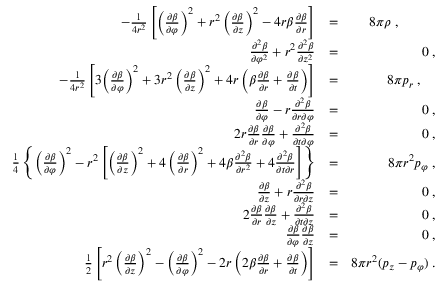
\begin{array} { r l r } { - \frac { 1 } { 4 r ^ { 2 } } \left[ \left( \frac { \partial \beta } { \partial \varphi } \right) ^ { 2 } + r ^ { 2 } \left( \frac { \partial \beta } { \partial z } \right) ^ { 2 } - 4 r \beta \frac { \partial \beta } { \partial r } \right] } & { = } & { 8 \pi \rho \; , \; \; \; \; \; \; \; \; \; \; } \\ { \frac { \partial ^ { 2 } \beta } { \partial \varphi ^ { 2 } } + r ^ { 2 } \frac { \partial ^ { 2 } \beta } { \partial z ^ { 2 } } } & { = } & { 0 \; , } \\ { - \frac { 1 } { 4 r ^ { 2 } } \left[ 3 \! \left( \frac { \partial \beta } { \partial \varphi } \right) ^ { 2 } + 3 r ^ { 2 } \left( \frac { \partial \beta } { \partial z } \right) ^ { 2 } + 4 r \left( \beta \frac { \partial \beta } { \partial r } + \frac { \partial \beta } { \partial t } \right) \right] } & { = } & { 8 \pi p _ { r } \; , \; \; \; \; } \\ { \frac { \partial \beta } { \partial \varphi } - r \frac { \partial ^ { 2 } \beta } { \partial r \partial \varphi } } & { = } & { 0 \; , } \\ { 2 r \frac { \partial \beta } { \partial r } \frac { \partial \beta } { \partial \varphi } + \frac { \partial ^ { 2 } \beta } { \partial t \partial \varphi } } & { = } & { 0 \; , } \\ { \frac { 1 } { 4 } \left\{ \left( \frac { \partial \beta } { \partial \varphi } \right) ^ { 2 } - r ^ { 2 } \left[ \left( \frac { \partial \beta } { \partial z } \right) ^ { 2 } + 4 \left( \frac { \partial \beta } { \partial r } \right) ^ { 2 } + 4 \beta \frac { \partial ^ { 2 } \beta } { \partial r ^ { 2 } } + 4 \frac { \partial ^ { 2 } \beta } { \partial t \partial r } \right] \right\} } & { = } & { 8 \pi r ^ { 2 } p _ { \varphi } \; , } \\ { \frac { \partial \beta } { \partial z } + r \frac { \partial ^ { 2 } \beta } { \partial r \partial z } } & { = } & { 0 \; , } \\ { 2 \frac { \partial \beta } { \partial r } \frac { \partial \beta } { \partial z } + \frac { \partial ^ { 2 } \beta } { \partial t \partial z } } & { = } & { 0 \; , } \\ { \frac { \partial \beta } { \partial \varphi } \frac { \partial \beta } { \partial z } } & { = } & { 0 \; , } \\ { \frac { 1 } { 2 } \left[ r ^ { 2 } \left( \frac { \partial \beta } { \partial z } \right) ^ { 2 } - \left( \frac { \partial \beta } { \partial \varphi } \right) ^ { 2 } - 2 r \left( 2 \beta \frac { \partial \beta } { \partial r } + \frac { \partial \beta } { \partial t } \right) \right] } & { = } & { 8 \pi r ^ { 2 } ( p _ { z } - p _ { \varphi } ) \; . } \end{array}